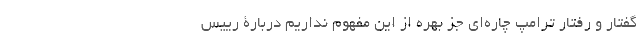
گفتار و رفتار ترامپ چاره‌ای جز بهره از این مفهوم نداریم دربارۀ رییس